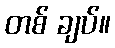
တစ် ချပ်။